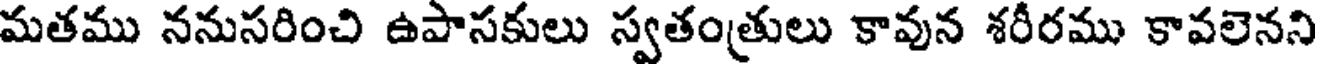
మతము ననుసరించి ఉపాసకులు స్వతంత్రులు కావున శరీరము కావలెనని